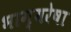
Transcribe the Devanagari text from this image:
भाग्यरेषा